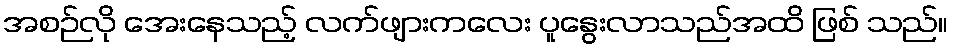
အစဉ်လို အေးနေသည့် လက်ဖျားကလေး ပူနွေးလာသည်အထိ ဖြစ် သည်။